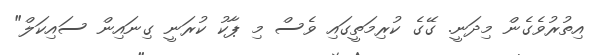
އިތުރުވެގެން މިދަނީ. ގޭގެ ކުރިމަތީގައި ވެސް މި ޕާކު ކުރަނީ ގިނައިން ސައިކަލް"